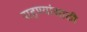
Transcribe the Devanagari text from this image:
राहण्यांसाठी